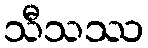
သီသဿ